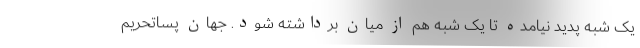
یک شبه پدید نیامده تا یک شبه هم از میان برداشته شود. جهان پساتحریم